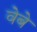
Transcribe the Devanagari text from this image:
वेबे